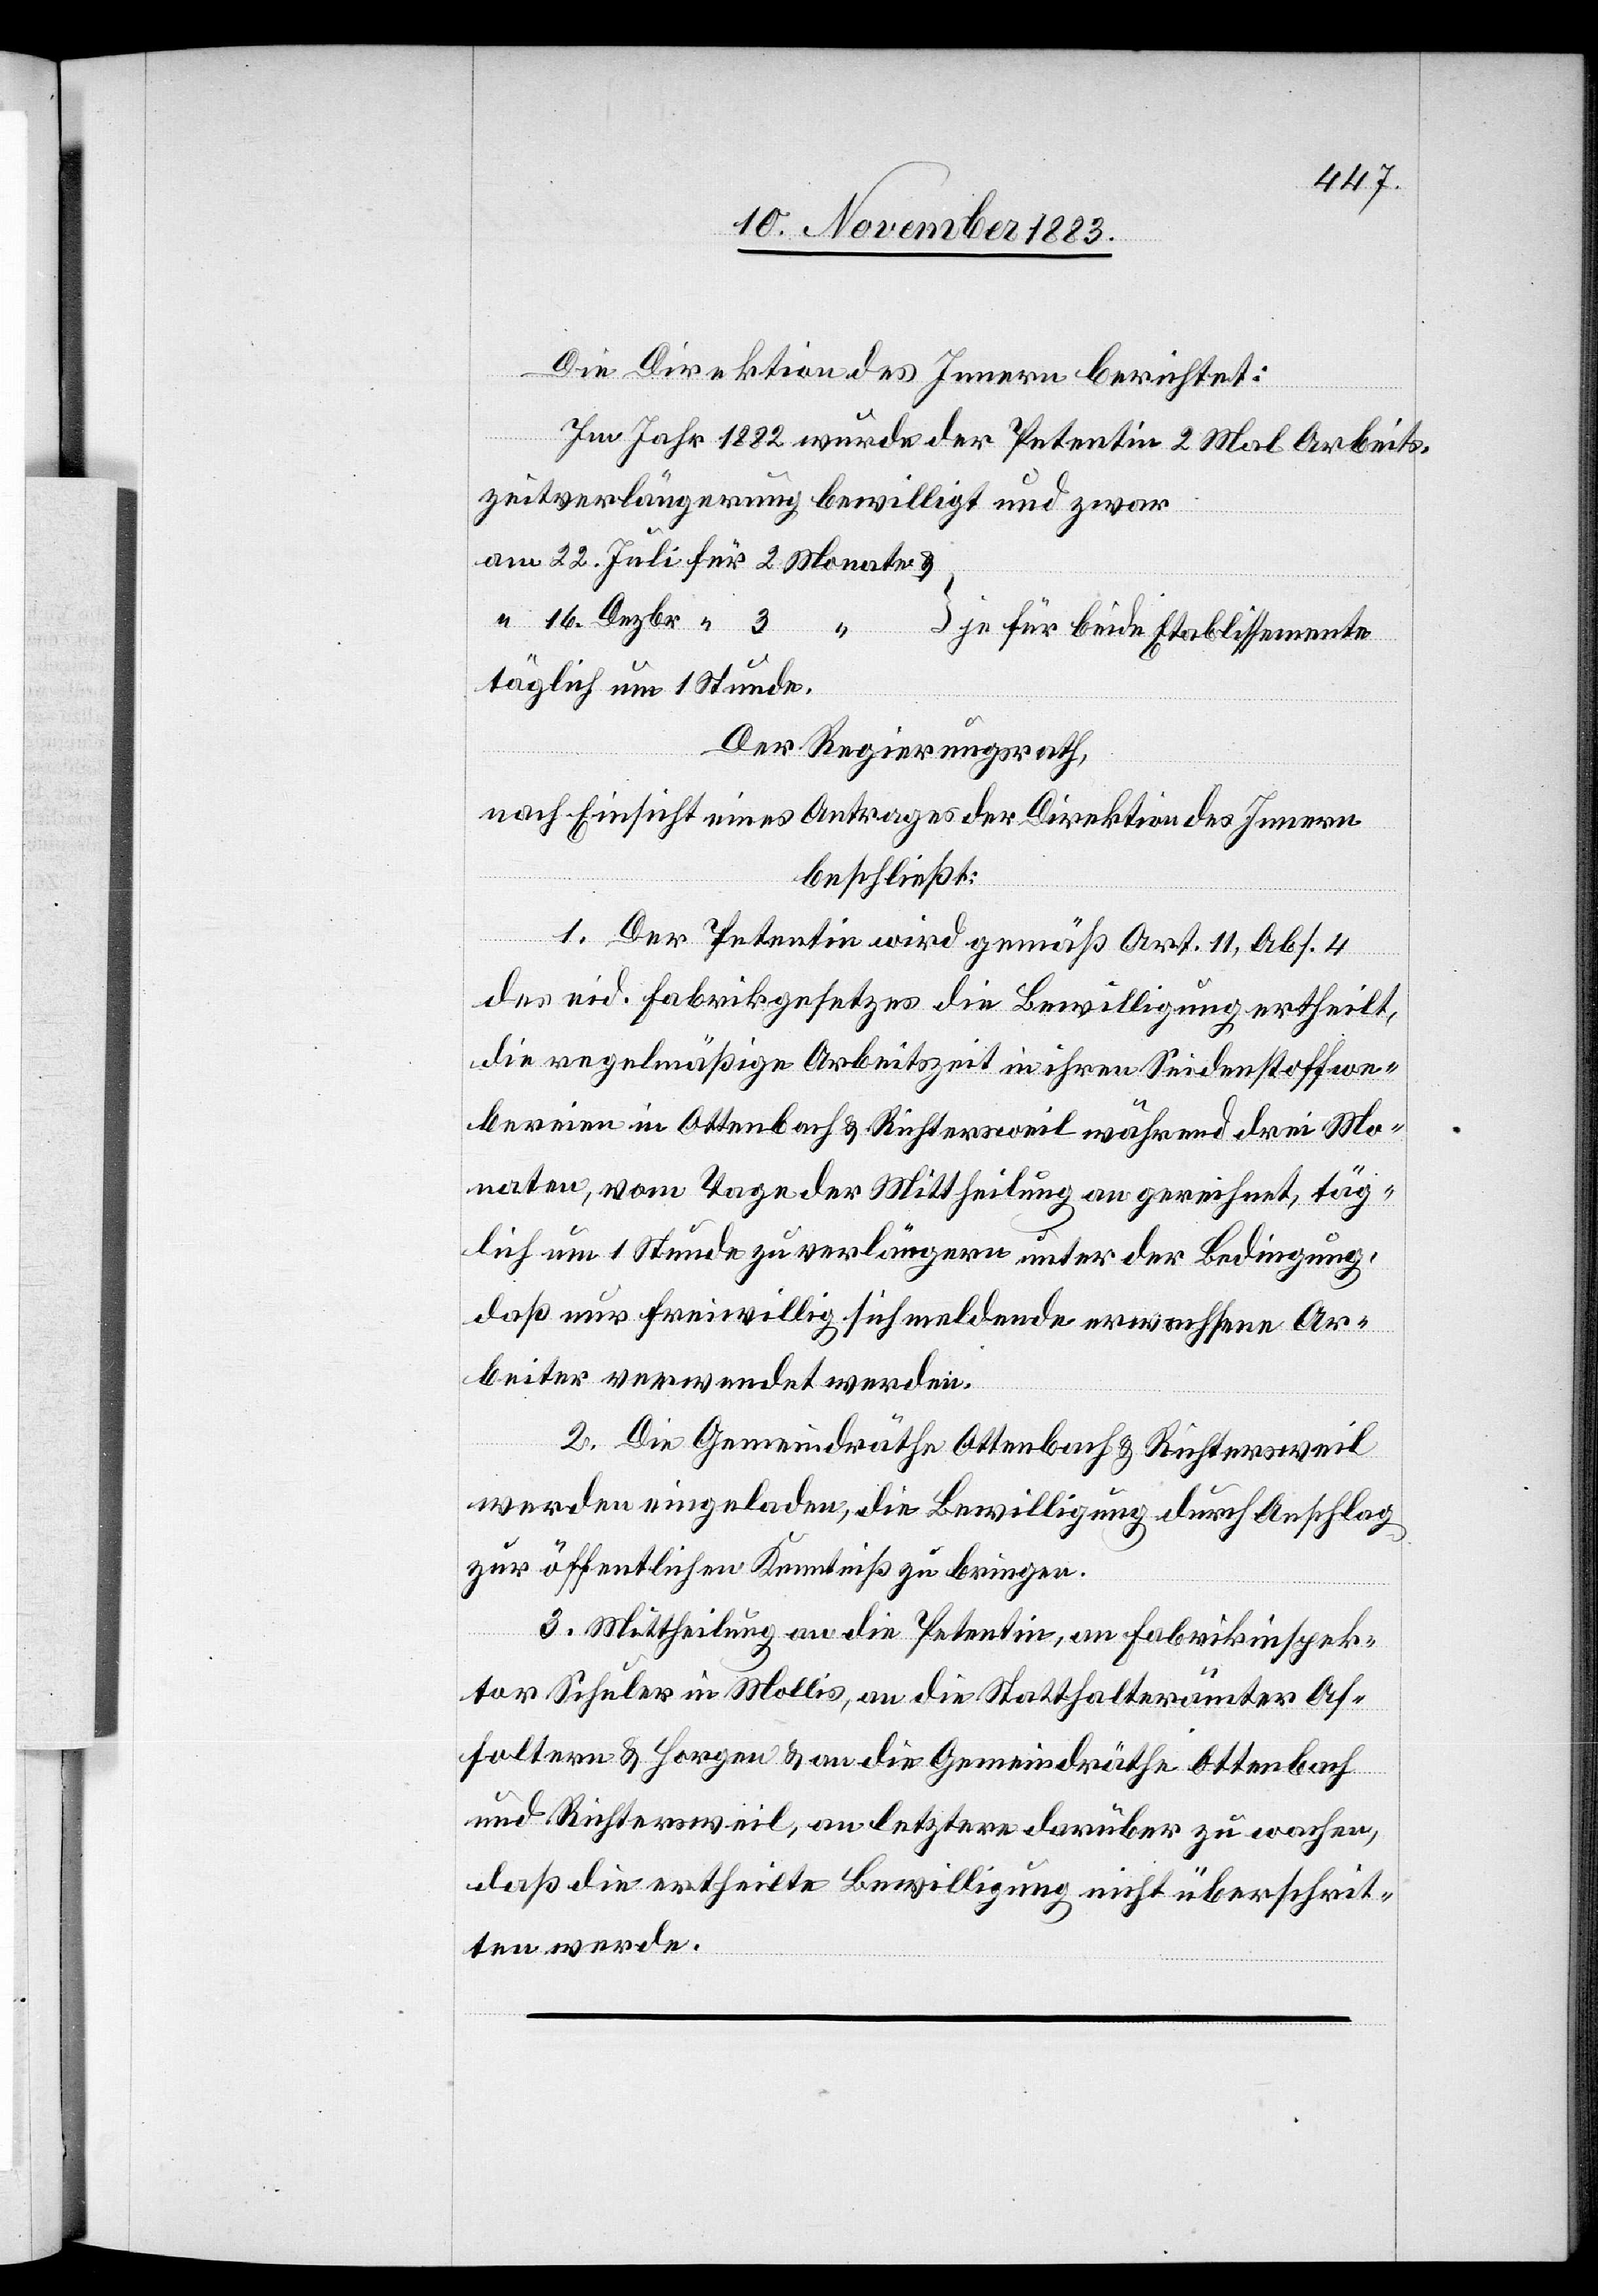
Dezbr.
Die Direktion des Innern berichtet:
Im Jahr 1882 wurde der Petentin 2 Mal Arbeits¬
zeitverlängerung bewilligt und zwar
täglich um 1. Stunde.
Der Regierungsrath,
nach Einsicht eines Antrages der Direktion des Innern
beschließt:
1. Der Petentin wird gemäß Art. 11, Abs. 4
des eid. Fabrikgesetzes die Bewilligung ertheilt,
die regelmäßige Arbeitszeit in ihren Seidenstoffwe¬
bereien in Ottenbach & Richtersweil während drei Mo¬
naten, vom Tage der Mittheilung an gerechnet, täg¬
lich um 1 Stunde zu verlängern unter der Bedingung,
daß nur freiwillig sich meldende erwachsene Ar¬
beiter verwendet werden.
2. Die Gemeindräthe Ottenbach & Richtersweil
werden eingeladen, die Bewilligung durch Anschlag
zur öffentlichen Kenntniß zu bringen.
für
3. Mittheilung an die Petentin, an Fabrikinspek¬
tor Schuler in Mollis, an die Statthalterämter Af¬
foltern & Horgen & an die Gemeindräthe Ottenbach
und Richtersweil, an letztere darüber zu wachen,
daß die ertheilte Bewilligung nicht überschrit¬
ten werde.